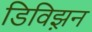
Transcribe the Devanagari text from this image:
डिविझ़न